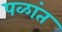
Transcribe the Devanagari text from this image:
पळांत